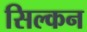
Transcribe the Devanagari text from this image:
सिल्कन